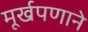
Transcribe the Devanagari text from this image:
मूर्खपणाने